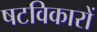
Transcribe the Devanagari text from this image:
षटविकारों